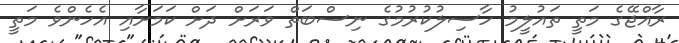
ރާއްޖޭގެ މަތީ ތައުލީމު ހާސިލުކުރުމުގެ ނިސްބަތް ވަރަށް ދަށް ކަމަށާއި އެހެންވެ މަތީ